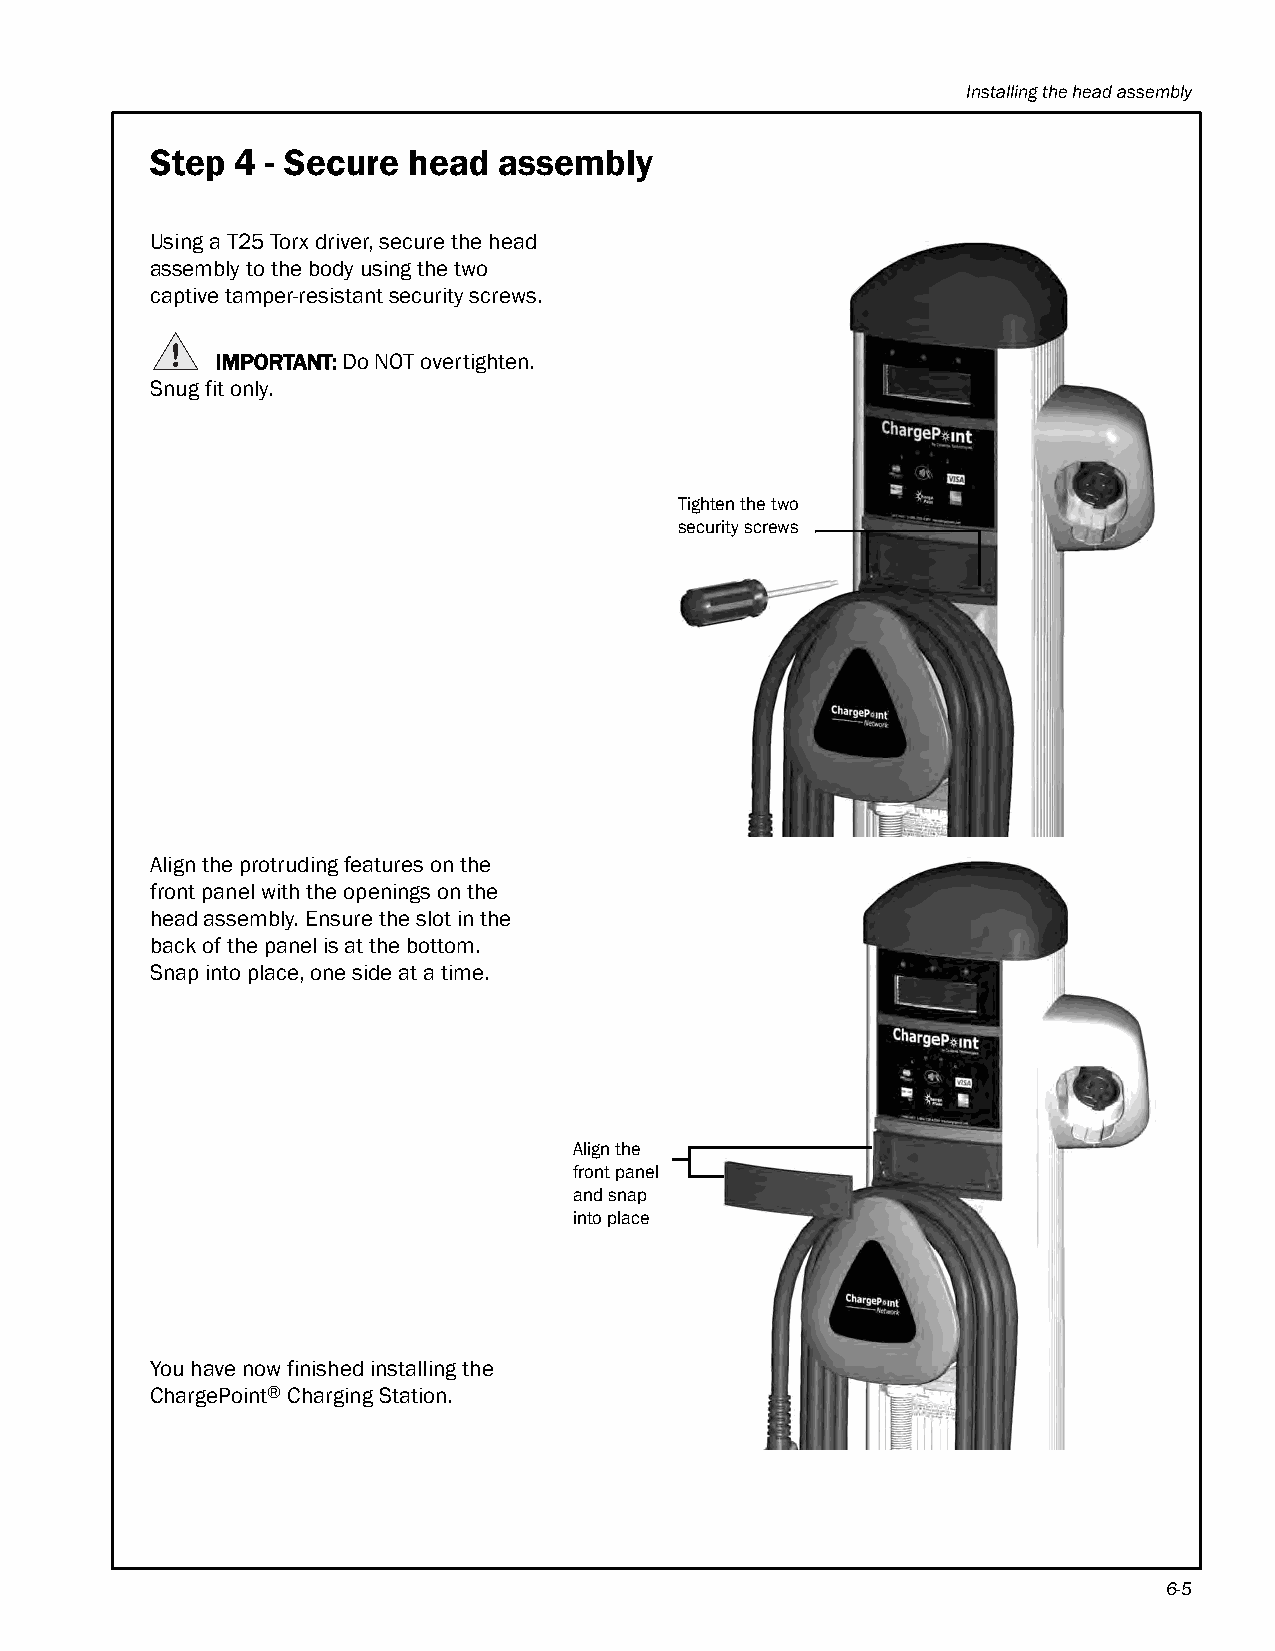
Installing the head assembly
 Step  4 - Secure head  assembly
 Using a T25 Torx driver, secure the head
 assembly to the body using the two
 captive tamper-resistant security screws.
 IMPORTANT: Do NOT overtighten.
 Snug fit only.
 Tighten the two
 security screws
 Align the protruding features on the
 front panel with the openings on the
 head assembly. Ensure the slot in the
 back of the panel is at the bottom.
 Snap into place, one side at a time.
 Align the
 front panel
 and snap
 into place
 You have now finished installing the
 ChargePoint® Charging Station.
 6-5